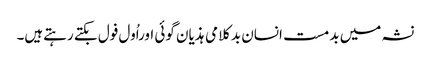
نشہ میں بدمست انسان بدکلامی ہذیان گوئی اوراُول فول بکتے رہتےہیں۔